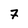
Character: 7